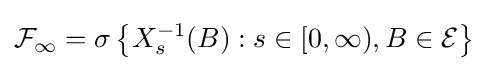
{\mathcal {F}}_{\infty }=\sigma \left\{X_{s}^{-1}(B):s\in [0,\infty ),B\in {\mathcal {E}}\right\}